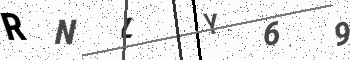
Text: RNLY69